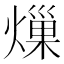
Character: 𤍒